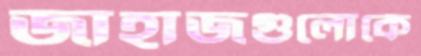
জাহাজগুলোকে